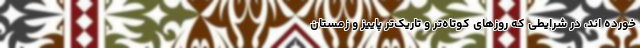
خورده اند، در شرایطی که روزهای کوتاه‌تر و تاریک‌تر پاییز و زمستان